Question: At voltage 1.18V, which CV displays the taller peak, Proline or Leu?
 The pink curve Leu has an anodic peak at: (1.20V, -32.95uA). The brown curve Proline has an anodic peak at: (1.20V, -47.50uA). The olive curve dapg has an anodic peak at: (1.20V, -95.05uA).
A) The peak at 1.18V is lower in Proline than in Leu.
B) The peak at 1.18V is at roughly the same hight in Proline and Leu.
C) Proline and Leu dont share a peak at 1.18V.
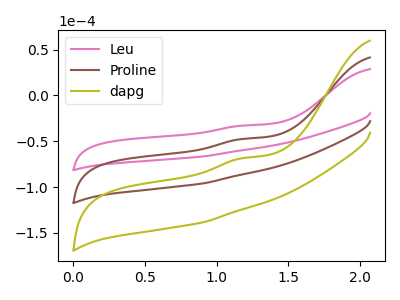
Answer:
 <answer>A) The peak at 1.18V is lower in "Proline" than in "Leu".</answer>
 <eval>A</eval>